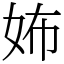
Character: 㚴